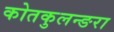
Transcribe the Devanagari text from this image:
कोतकुलन्ङरा